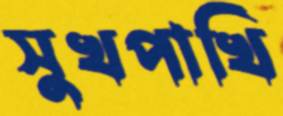
সুখপাখি